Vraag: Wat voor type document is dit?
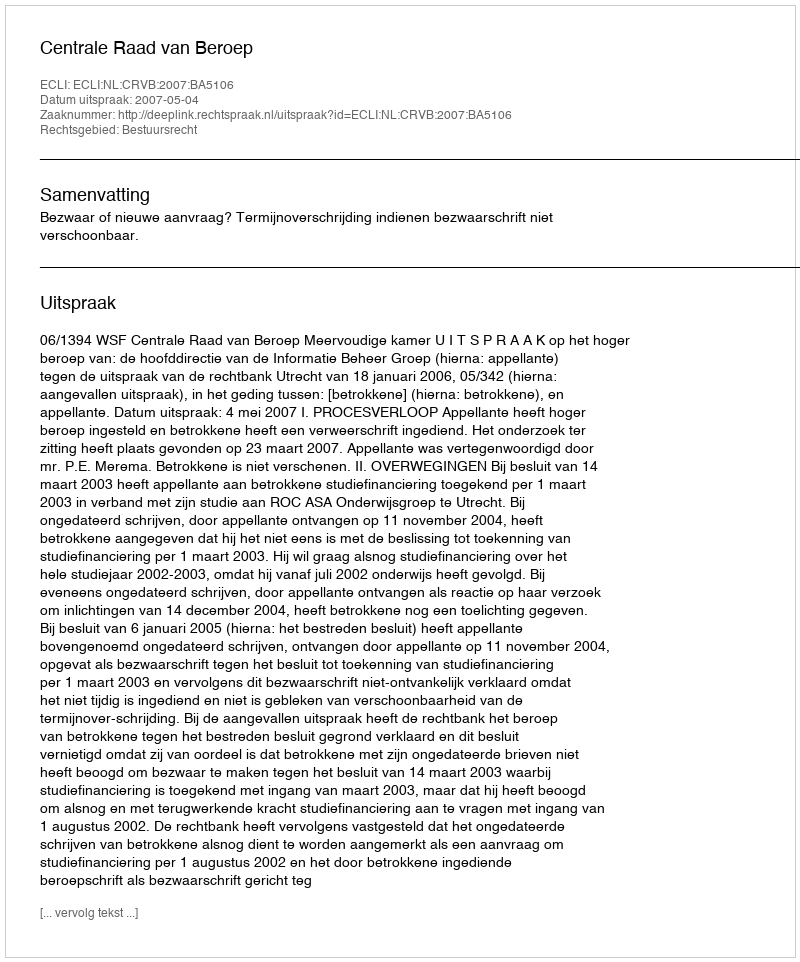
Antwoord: Uitspraak